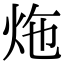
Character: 炧